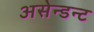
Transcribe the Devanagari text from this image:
असेन्डन्ट